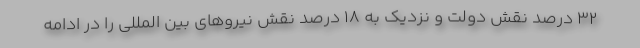
۳۲ درصد نقش دولت و نزدیک به ۱۸ درصد نقش نیروهای بین المللی را در ادامه